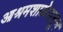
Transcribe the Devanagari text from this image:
आश्रमशाळेपासून